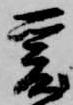
爰